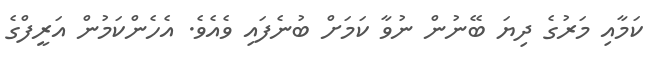
ކަމާއި މަރުގެ ދިޔަ ބޭނުން ނުވާ ކަމަށް ބުނެފައި ވެއެވެ. އެހެންކަމުން އަރީފްގެ